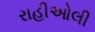
રાહીઓલી